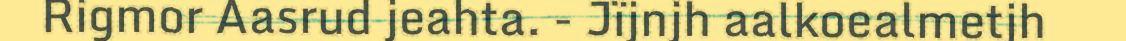
Rigmor Aasrud jeahta. - Jïjnjh aalkoealmetjh